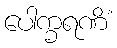
ပေါက္ခရဏိံ